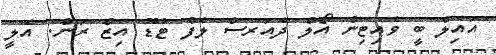
އައިލް ބީ ވެއިޓިން އޯލް ދެއަރސް ލެފް ޓުޑޫ އިޒް ރަން. އެލީ